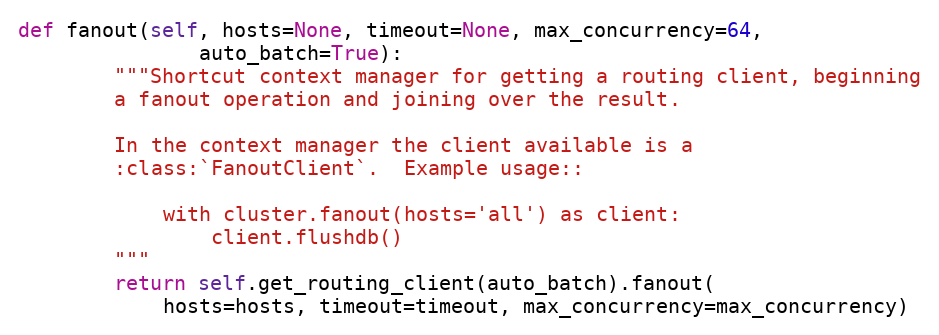
Language: Python
def fanout(self, hosts=None, timeout=None, max_concurrency=64,
               auto_batch=True):
        """Shortcut context manager for getting a routing client, beginning
        a fanout operation and joining over the result.

        In the context manager the client available is a
        :class:`FanoutClient`.  Example usage::

            with cluster.fanout(hosts='all') as client:
                client.flushdb()
        """
        return self.get_routing_client(auto_batch).fanout(
            hosts=hosts, timeout=timeout, max_concurrency=max_concurrency)